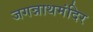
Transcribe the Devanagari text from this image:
जगन्नाथमंदिर